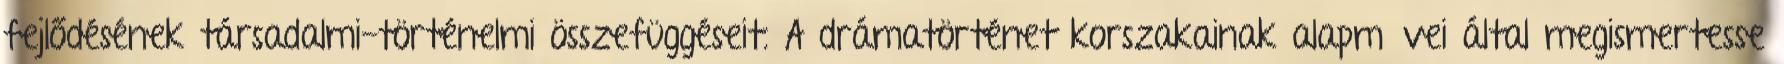
fejlődésének társadalmi-történelmi összefüggéseit. A drámatörténet korszakainak alapművei által megismertesse